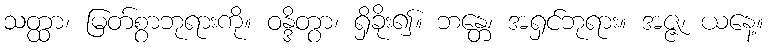
သတ္ထာ၊ မြတ်စွာဘုရားကို။ ဝန္ဒိတွာ၊ ရှိခိုး၍။ ဘန္တေ၊ အရှင်ဘုရား။ အဇ္ဇ၊ ယနေ့။